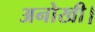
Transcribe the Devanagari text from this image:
अनोखी।